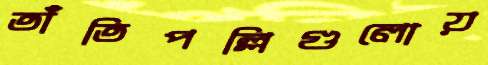
তাঁতিপল্লিগুলোয়